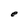
Character: e